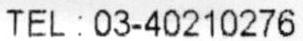
TEL : 03-40210276